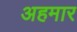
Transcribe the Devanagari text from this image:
अहमार